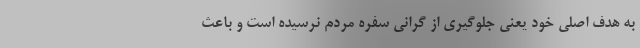
به هدف اصلی خود یعنی جلوگیری از گرانی سفره مردم نرسیده است و باعث